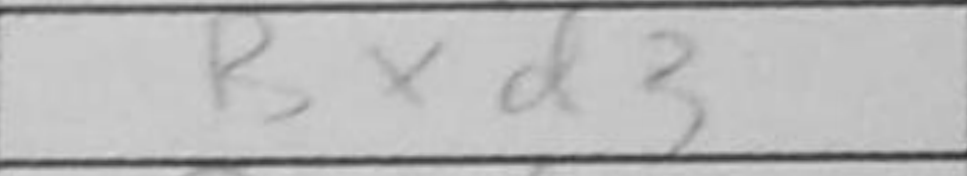
Transcription: Bxd3